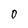
Character: 0